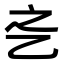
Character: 𬼛